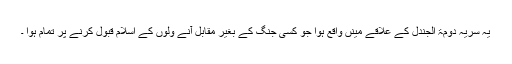
یہ سریہ دومۃ الجندل کے علاقے مینٓں واقع ہوا جو کسی جنگ کے بغیر مقابل آنے ولوں کے اسلام قبول کرنے پر تمام ہوا ۔